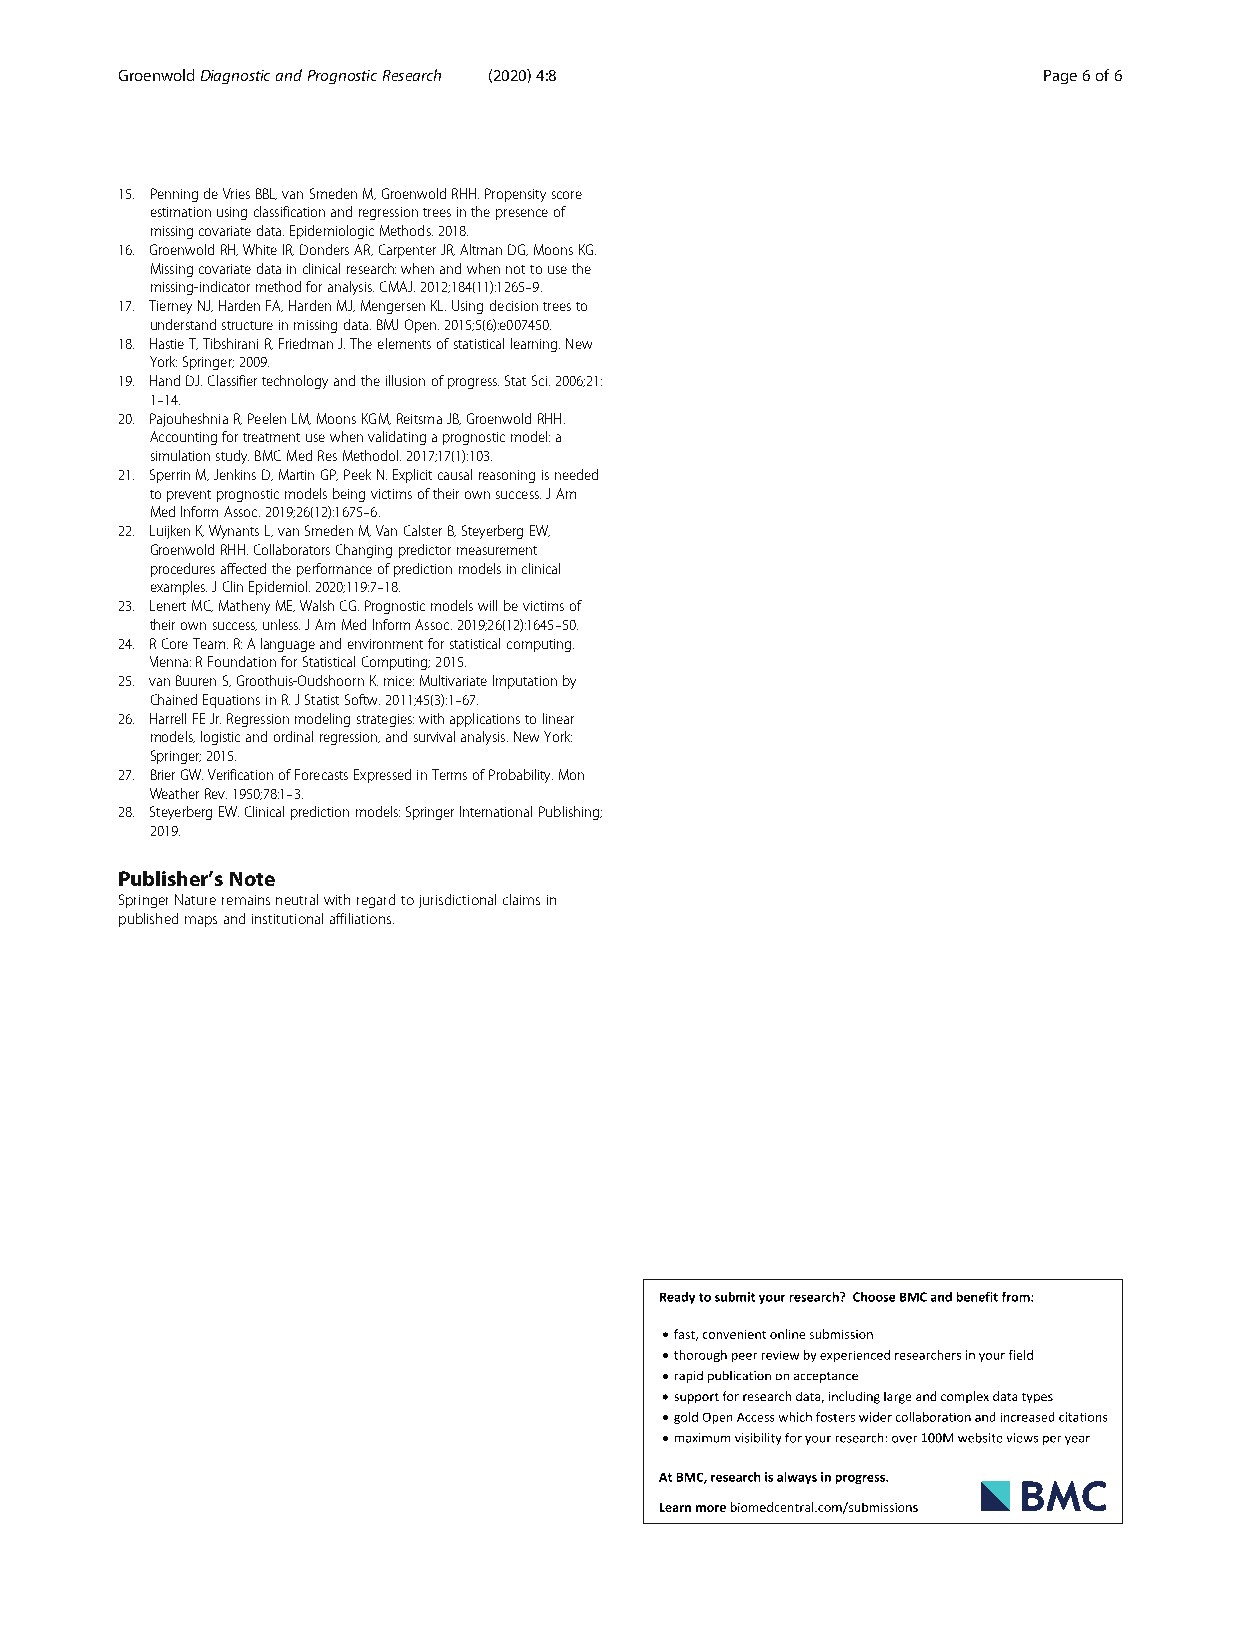
GroenwoldDiagnosticandPrognosticResearch (2020) 4:8          Page6of6
 15. PenningdeVriesBBL,vanSmedenM,GroenwoldRHH.Propensityscore
 estimationusingclassificationandregressiontreesinthepresenceof
 missingcovariatedata.EpidemiologicMethods.2018.
 16. GroenwoldRH,WhiteIR,DondersAR,CarpenterJR,AltmanDG,MoonsKG.
 Missingcovariatedatainclinicalresearch:whenandwhennottousethe
 missing-indicatormethodforanalysis.CMAJ.2012;184(11):1265–9.
 17. TierneyNJ,HardenFA,HardenMJ,MengersenKL.Usingdecisiontreesto
 understandstructureinmissingdata.BMJOpen.2015;5(6):e007450.
 18. HastieT,TibshiraniR,FriedmanJ.Theelementsofstatisticallearning.New
 York:Springer;2009.
 19. HandDJ.Classifiertechnologyandtheillusionofprogress.StatSci.2006;21:
 1–14.
 20. PajouheshniaR,PeelenLM,MoonsKGM,ReitsmaJB,GroenwoldRHH.
 Accountingfortreatmentusewhenvalidatingaprognosticmodel:a
 simulationstudy.BMCMedResMethodol.2017;17(1):103.
 21. SperrinM,JenkinsD,MartinGP,PeekN.Explicitcausalreasoningisneeded
 topreventprognosticmodelsbeingvictimsoftheirownsuccess.JAm
 MedInformAssoc.2019;26(12):1675–6.
 22. LuijkenK,WynantsL,vanSmedenM,VanCalsterB,SteyerbergEW,
 GroenwoldRHH.CollaboratorsChangingpredictormeasurement
 proceduresaffectedtheperformanceofpredictionmodelsinclinical
 examples.JClinEpidemiol.2020;119:7–18.
 23. LenertMC,MathenyME,WalshCG.Prognosticmodelswillbevictimsof
 theirownsuccess,unless.JAmMedInformAssoc.2019;26(12):1645–50.
 24. RCoreTeam.R:Alanguageandenvironmentforstatisticalcomputing.
 Vienna:RFoundationforStatisticalComputing;2015.
 25. vanBuurenS,Groothuis-OudshoornK.mice:MultivariateImputationby
 ChainedEquationsinR.JStatistSoftw.2011;45(3):1–67.
 26. HarrellFEJr.Regressionmodelingstrategies:withapplicationstolinear
 models,logisticandordinalregression,andsurvivalanalysis.NewYork:
 Springer;2015.
 27. BrierGW.VerificationofForecastsExpressedinTermsofProbability.Mon
 WeatherRev.1950;78:1–3.
 28. SteyerbergEW.Clinicalpredictionmodels:SpringerInternationalPublishing;
 2019.
 Publisher’s Note
 SpringerNatureremainsneutralwithregardtojurisdictionalclaimsin
 publishedmapsandinstitutionalaffiliations.